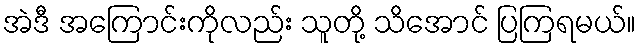
အဲဒီ အကြောင်းကိုလည်း သူတို့ သိအောင် ပြကြရမယ်။